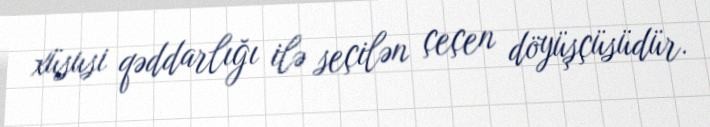
xüsusi qəddarlığı ilə seçilən çeçen döyüşçüsüdür.